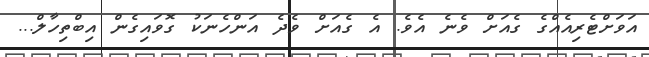
އަވަށްޓެރިއެއްގެ ގެއަށް ވެނެ އެވެ. އެ ގެއަށް ވެދެ އަންހެނަކު ގޮވައިގެން އިބްތިހާލް...